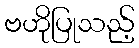
ဗဟိုပြုသည့်